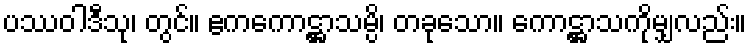
ပဿဝါဒီသု၊ တွင်။ ဧကကောဋ္ဌာသမ္ပိ၊ တခုသော။ ကောဋ္ဌာသကိုမျှလည်း။